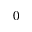
0